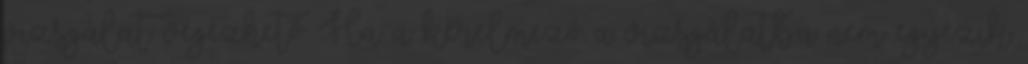
vizsgálat végezhető. Ha a kérelmező a vizsgálatba nem egyezik